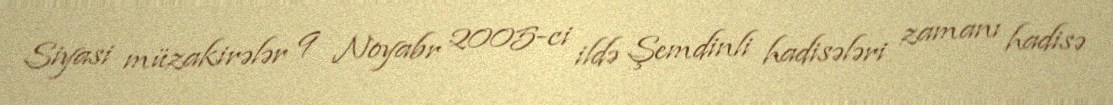
Siyasi müzakirələr 9 Noyabr 2005-ci ildə Şemdinli hadisələri zamanı hadisə